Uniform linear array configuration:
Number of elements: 48
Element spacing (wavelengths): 0.75
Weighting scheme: hann
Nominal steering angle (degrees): -60
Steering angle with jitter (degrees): -59.42
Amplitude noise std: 0.05
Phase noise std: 0.05

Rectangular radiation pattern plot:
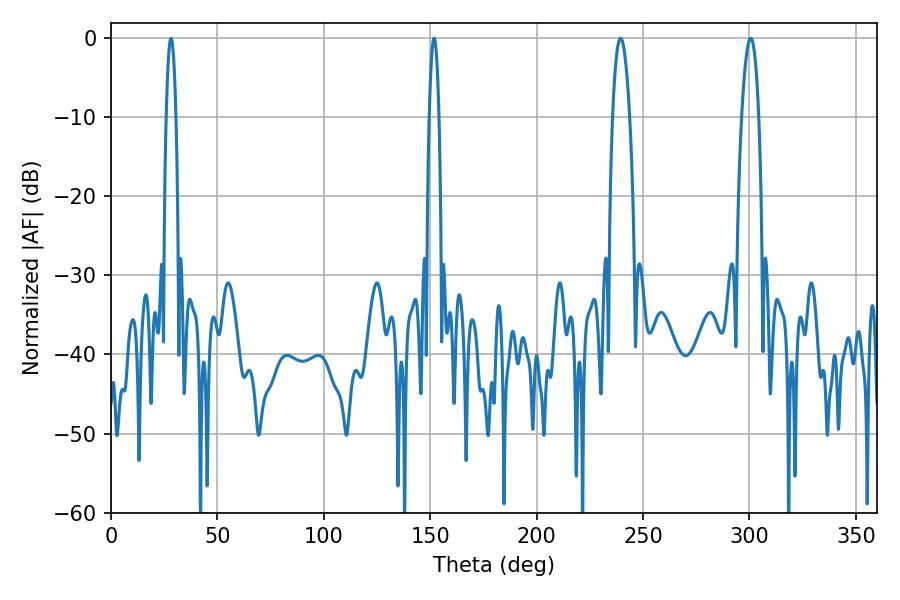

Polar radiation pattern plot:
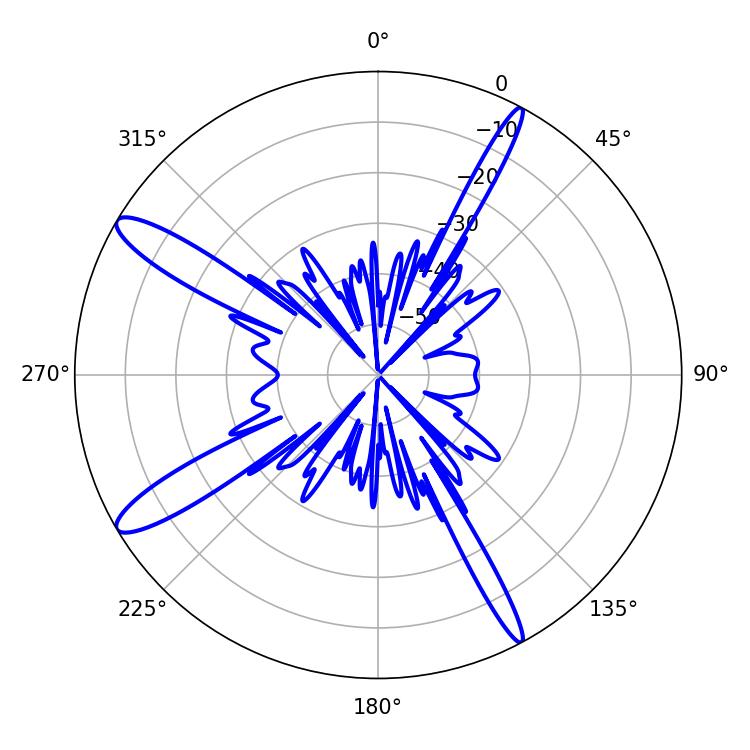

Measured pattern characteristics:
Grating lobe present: TRUE
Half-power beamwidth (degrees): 4.5
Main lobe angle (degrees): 239.4